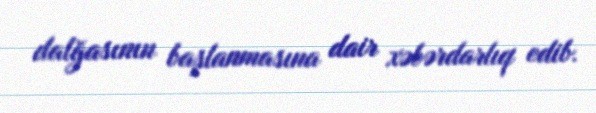
dalğasının başlanmasına dair xəbərdarlıq edib.